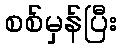
စစ်မှန်ပြီး